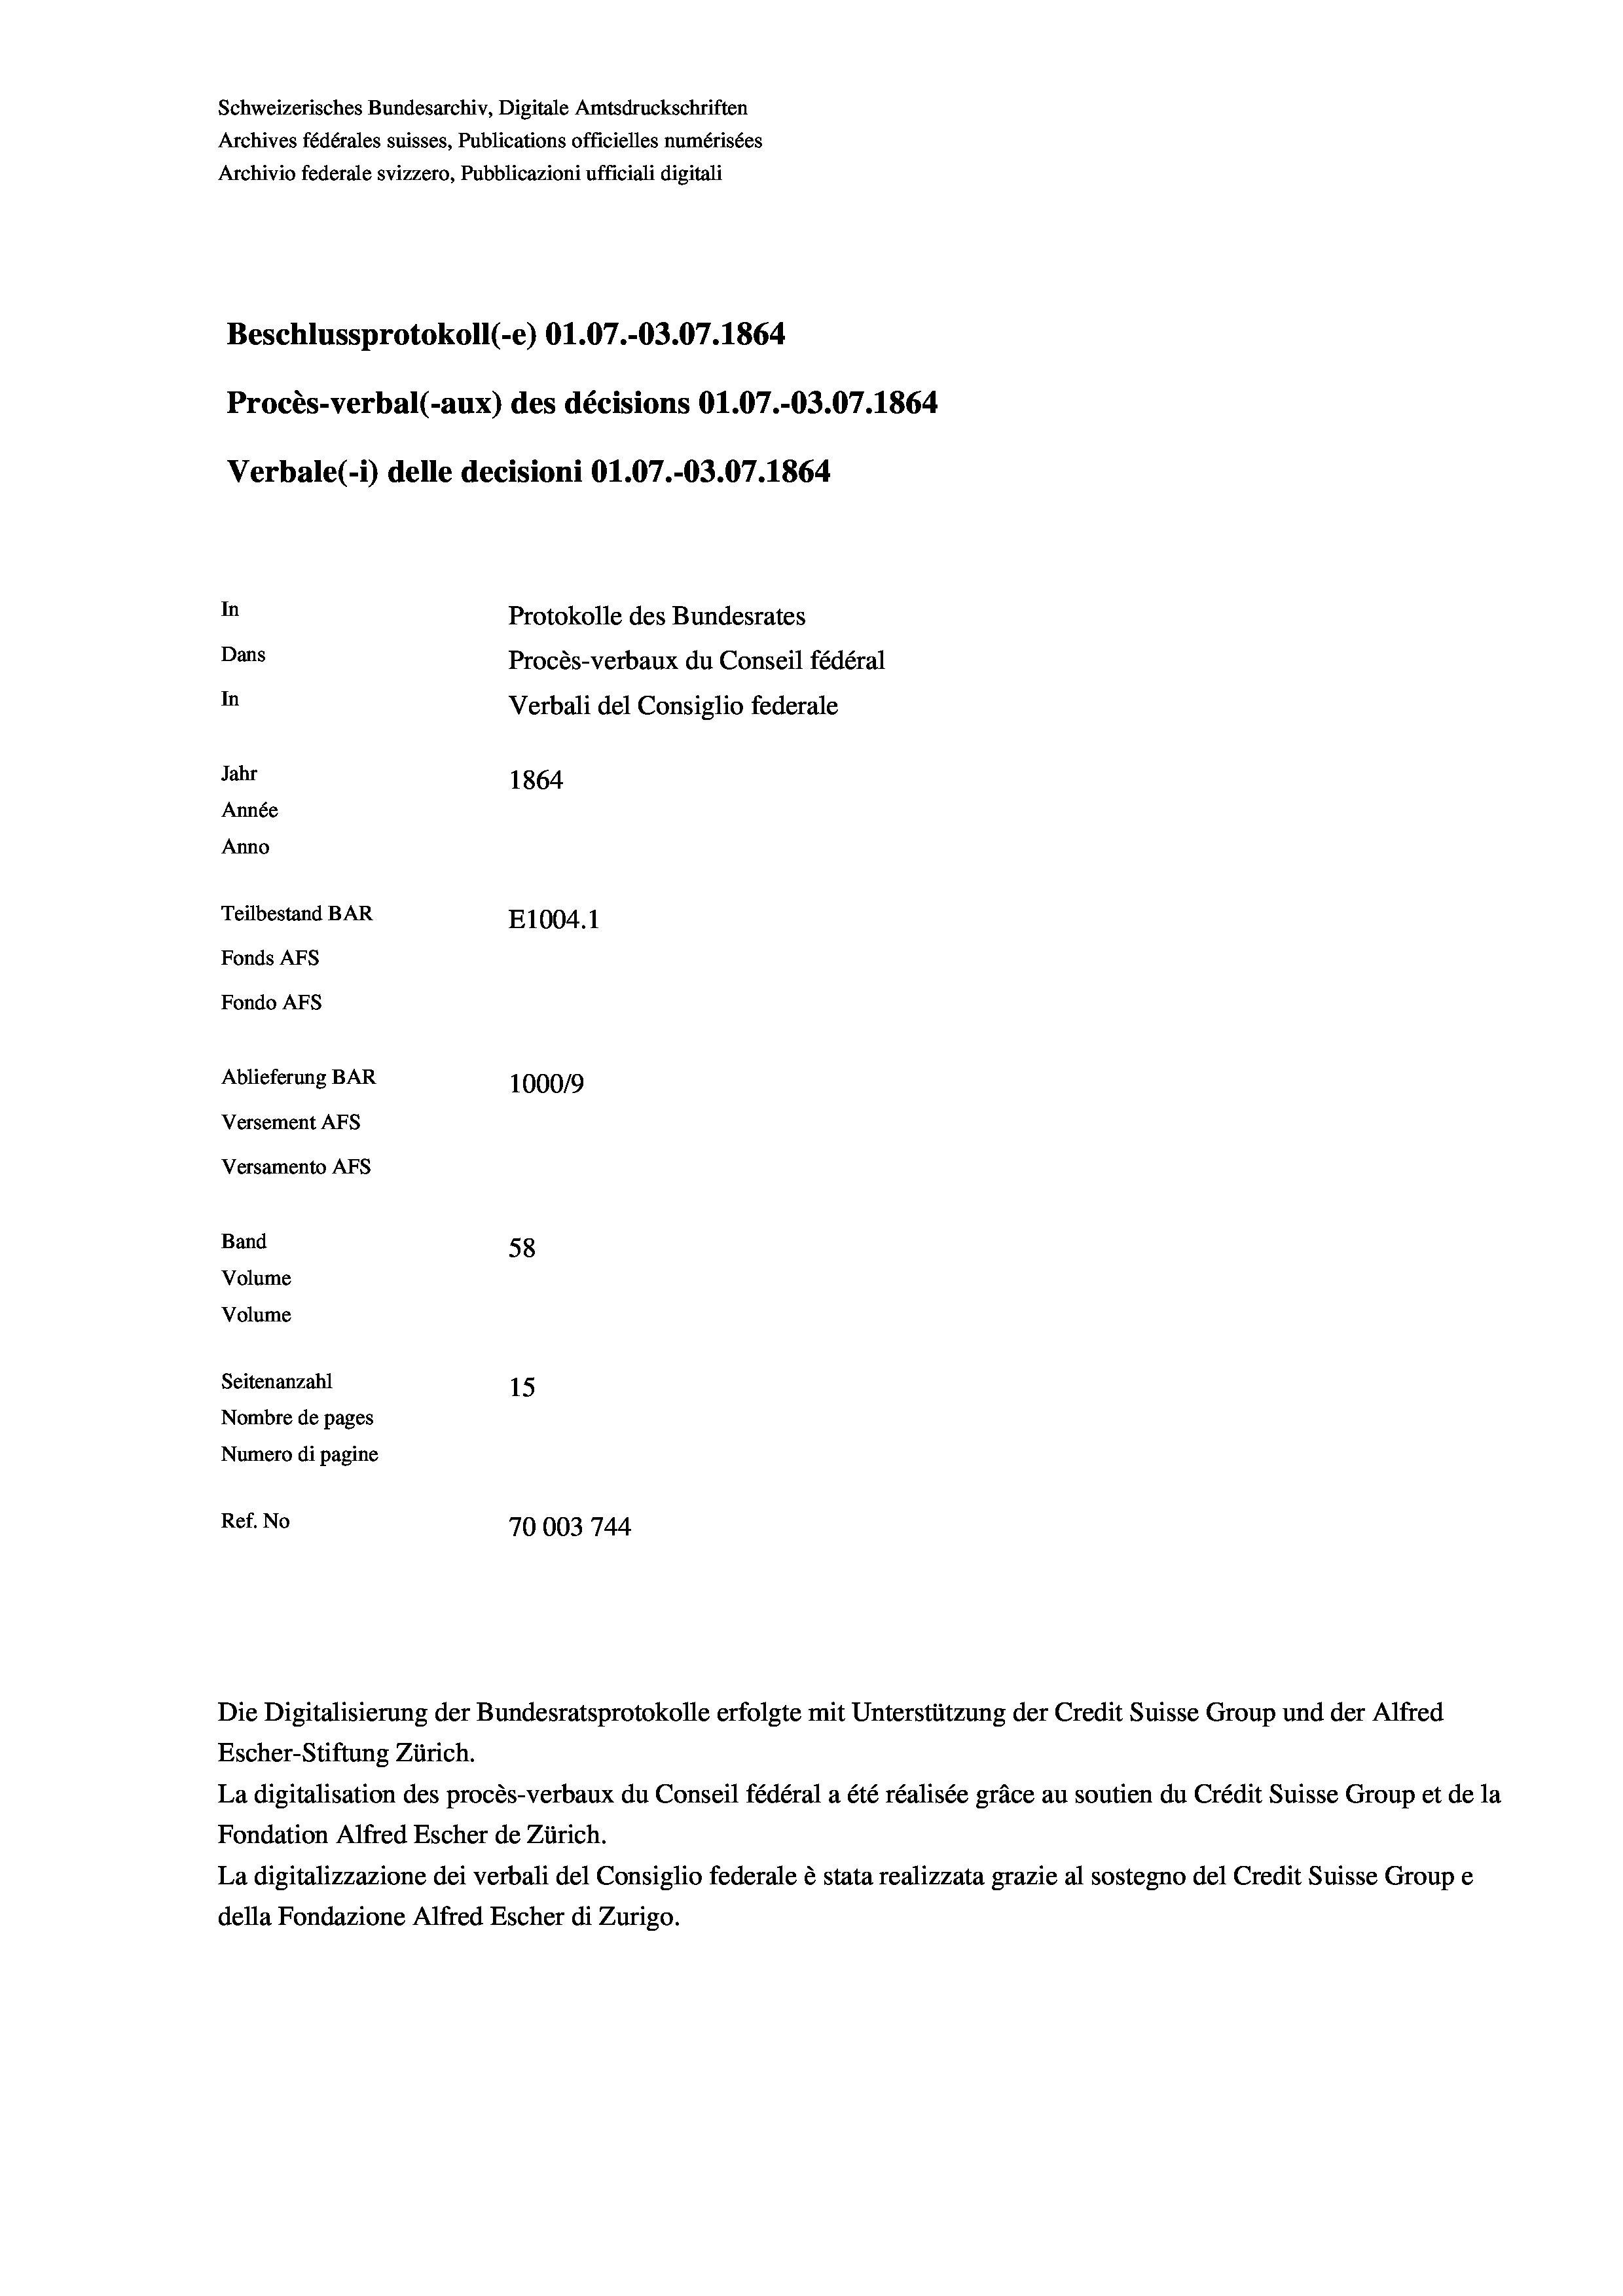
Schweizerisches Bundesarchiv, Digitale Amtsdruckschriften
Archives fédérales suisses, Publications officielles numérisées
Archivio federale svizzero, Pubblicazioni ufficiali digitali
Beschlussprotokoll (-e) O1.07.-03.07. 1864
Procès-verbal (-aux) des décisions O1.07.-03.07. 1864
Verbale (i) delle decisioni O1.07.-O3.07. 1864
In
Protokolle des Bundesrates
Dans
Procès-verbaux du Conseil fédéral
In
Verbali del Consiglio federale
Jahr
1864
Année
Anno
Teilbestand BAR
E1004. 1
Fonds AFs
Fondo AFS
Ablieferung BAR
1000/9
Versement AFs
Versamento AFs
Band
58
Volume
Volume
Seitenanzahl
15
Nombre de pages
Numero di pagine
Ref. No
70003 744

Escher-Stiftung Zürich.
La digitalisation des procès-verbaux du Conseil fédéral a été réalisée gräce au soutien du Crédit Suisse Group et de la
Fondation Alfred Escher de Zürich.
La digitalizzazione dei verbali del Consiglio federale è stata realizzata grazie al sostegno del Credit Suisse Groupe
della Fondazione Alfred Escher di Zurigo.

Die Digitalisierung der Bundesratsprotokolle erfolgte mit Unterstützung der Credit Suisse Group und der Alfred